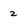
Character: 2